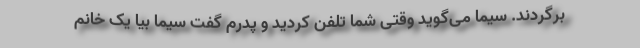
برگردند. سیما می‌گوید وقتی شما تلفن کردید و پدرم گفت سیما بیا یک خانم